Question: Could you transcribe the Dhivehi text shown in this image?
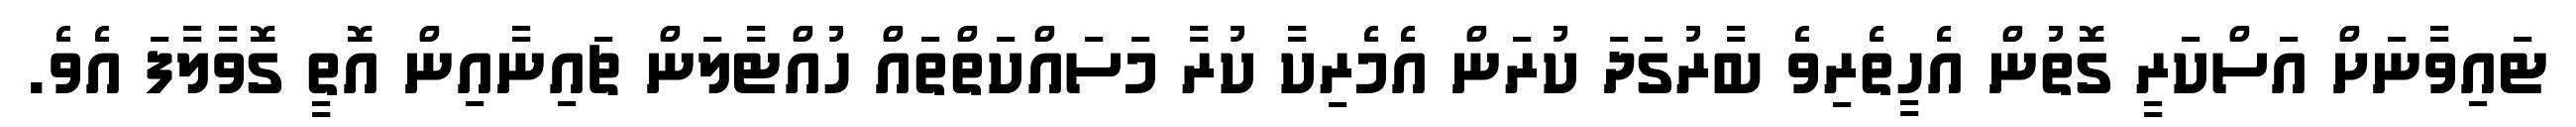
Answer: ޓައިވާނަށް އަސްކަރީ ގޮތުން އެހީތެރިވެ ބާރުގަދަ ކުރަން އެމެރިކާ ކުރާ މަސައްކަތްތައް ހުއްޓާލަން ޗައިނާއިން އޮތީ ގޮވާލާފަ އެވެ.